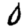
Digit: 0